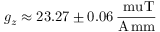
g _ { z } \approx 2 3 . 2 7 \pm 0 . 0 6 \, \frac { \mathrm { \ m u T } } { { \mathrm { A \, m m } } }